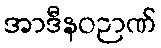
အာဒီနဝဉာဏ်